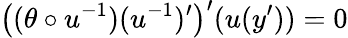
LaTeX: \big((\theta\circ u^{-1})(u^{-1})^{\prime}\big)^{\prime}(u(y^{\prime}))=0